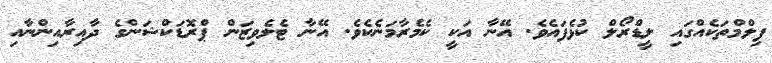
ފިލްމްތަކެއްގައި ލީޑްރޯލް ކުޅެފައެވެ. އޭނާ އަކީ ކެމެރާމަނެކެވެ. އޭނާ ޓެލެވިޒަން ޕްރޮޑަކްޝަންގެ ދާއިރާއިންނާއި